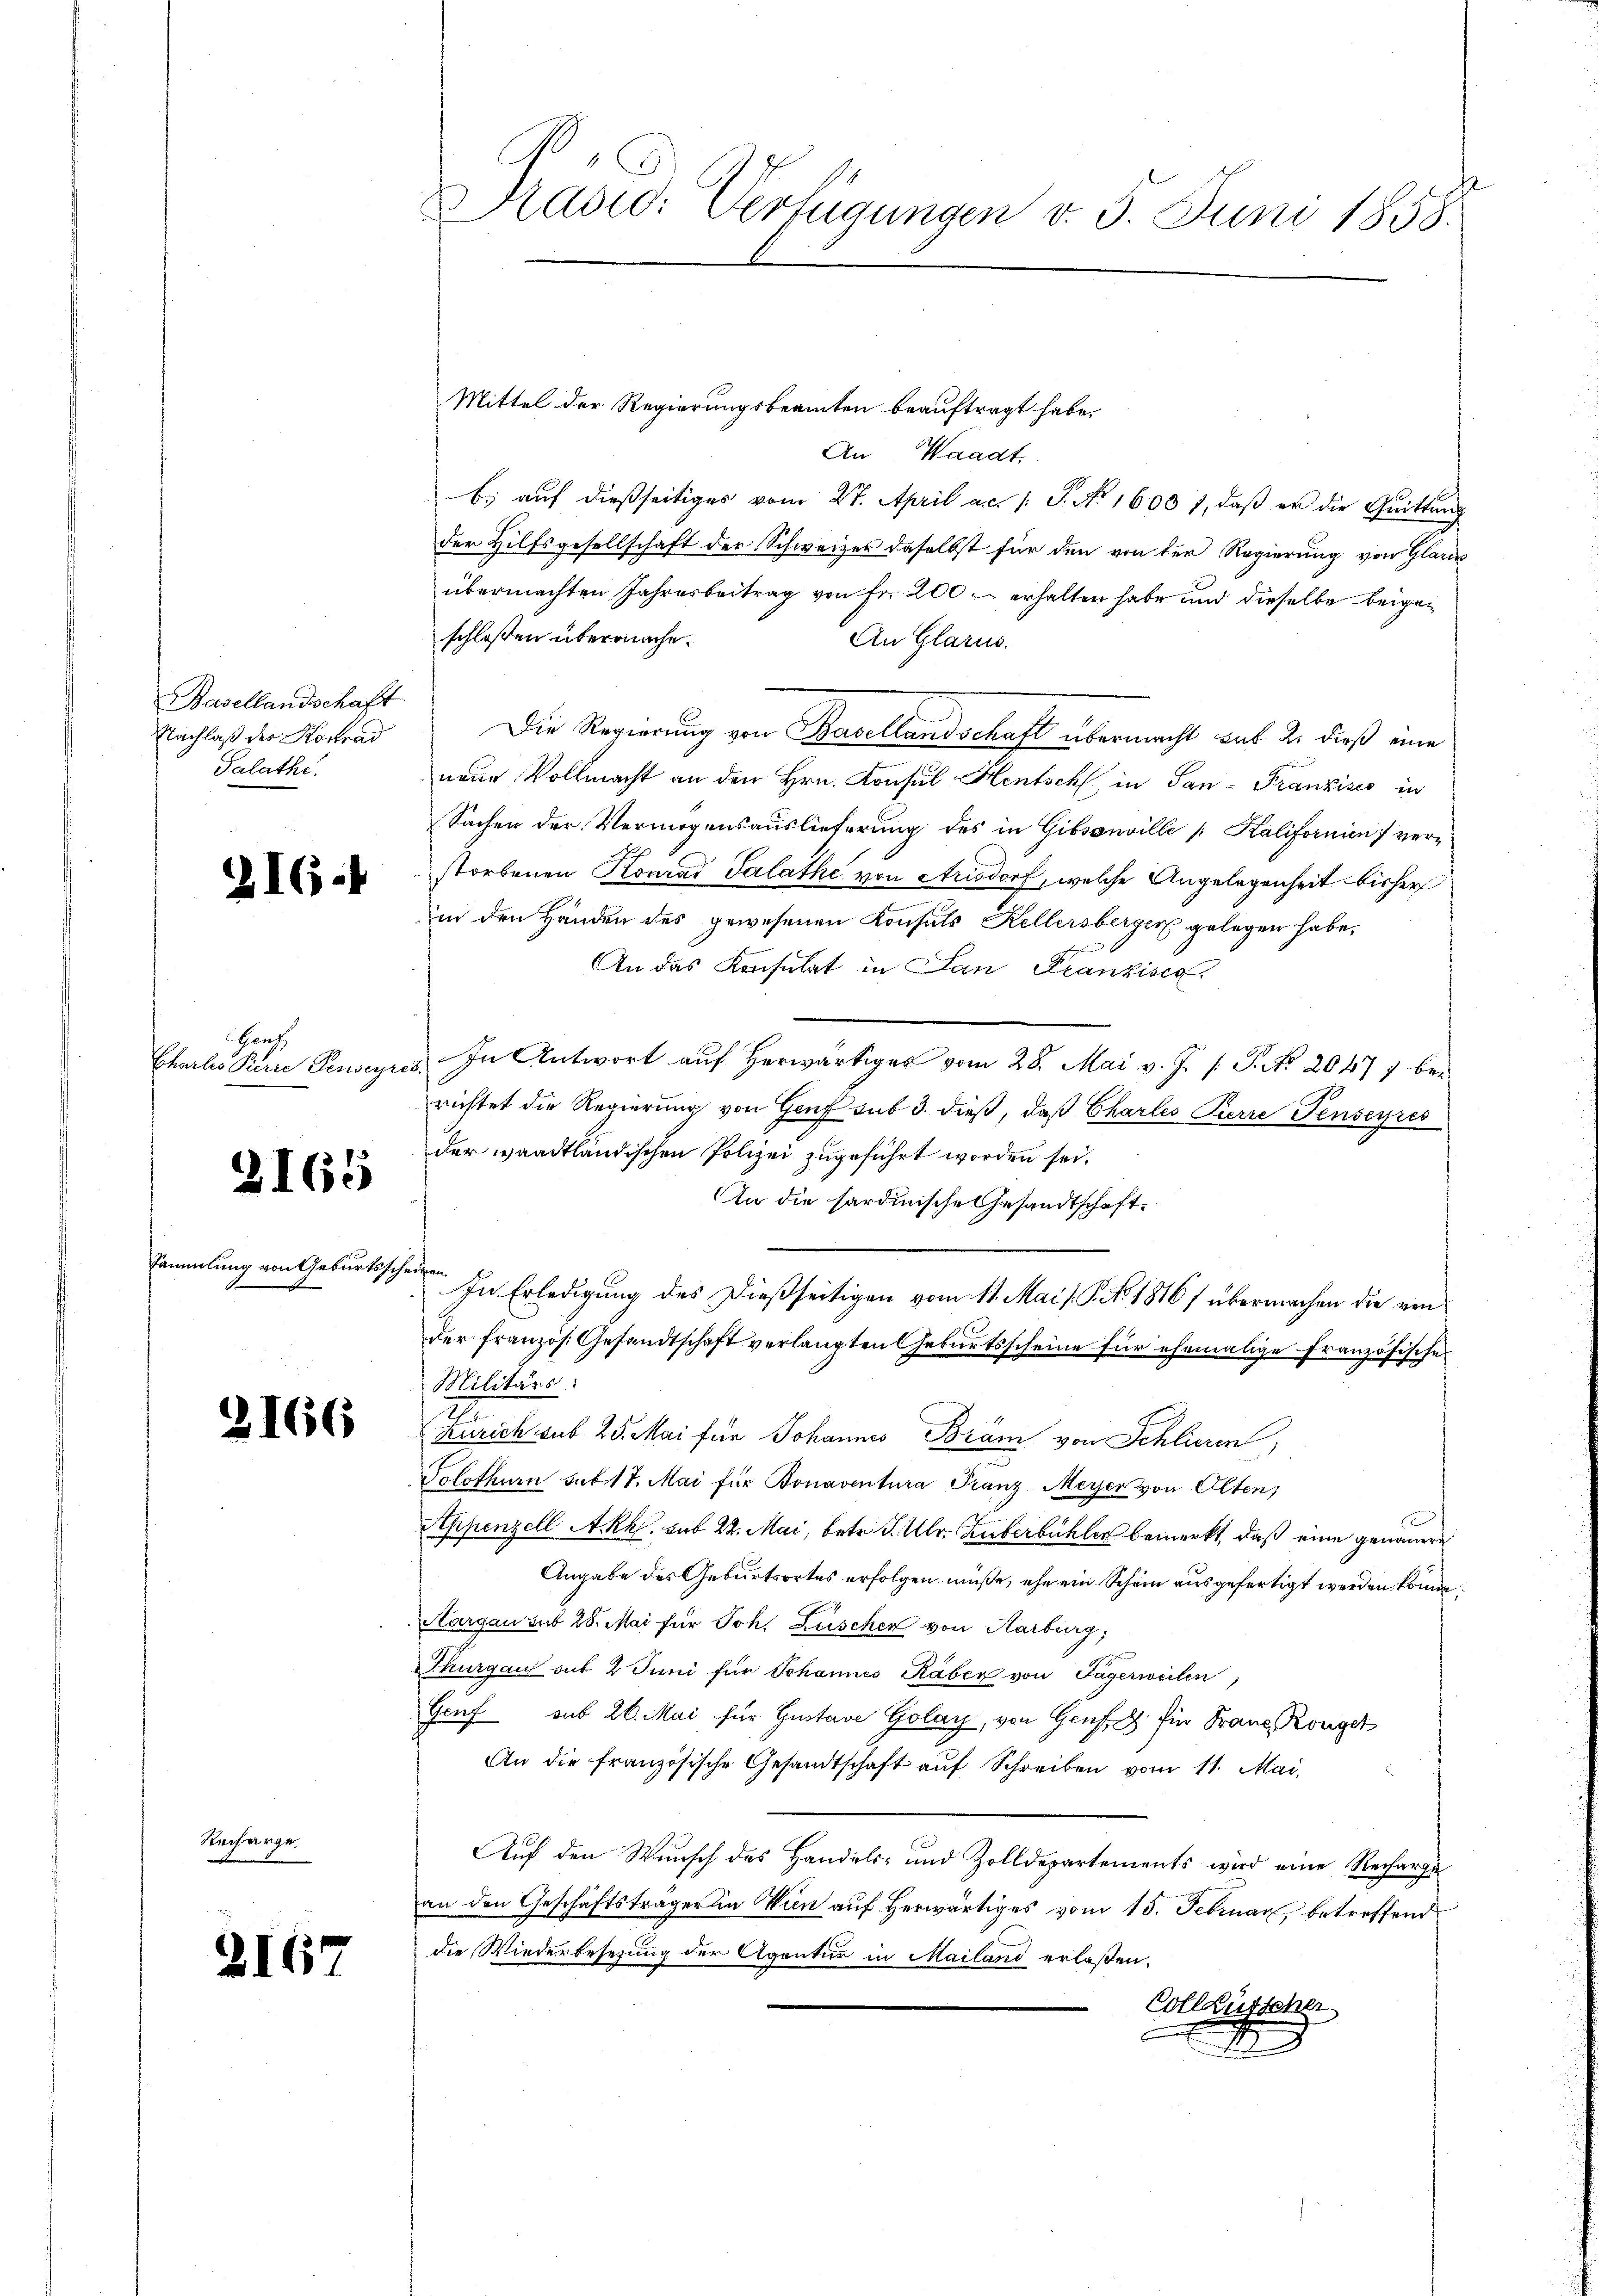
Hasellandschaft
Nachlaß der Konrad
Salathe.

ZIG.

Ganz

2165

Sammlung von Geburtsscheinen.

2166

Recharge.

2167

Mittel der Regierungsbeamten beauftragt habe.
An Waadt.
b. auf dießseitiges vom 27. April a.c. s. S. No 16031, daß er die Quittung
der Hilfsgesellschaft der Schweizer daselbst für den von der Regierung von Glau
übermachten Jahresbeitrag von Fr. 200 erhalten habe und dieselbe beigen
schloßen übermache.
An Glarus.
Die Regierung von Basellandschaft übermacht sub 2. dieß eine
neue Vollmacht an den Hrn. Konsul Hentsch in San-Franzisis in
Sachen der Vermögensauslieferung des in Gibsonville [ Kalifornien verstorbenen Konrad Salathe von Arisdorf, welche Angelegenheit bisher
in den Händen des gewesenen Konsuls Kellersberger gelegen habe,
An das Konsulat in San Frankisch
Charlis Pierre Penseyris. In Antwort auf herwärtiges vom 28. Mai v. J. J. P. No. 20477 berichtet die Regierung von Genf sub 3. dieß, daß Charlis Pierre Penseyres
der waadtländischen Polizei zugeführt worden sei.
In die sardinische Gesandtschaft.
In Erledigung des Dießseitigen vom 11. Mai [P. No. 1816/ übermachen die von
der französ. Gesandtschaft verlangten Geburtsscheine für ehemalige Französische
Militärs:
Zürich sub 25. Mai für Johannes Bräm von Schlieren,
Solothurn sub 17. Mai für Bonaventura Franz Meyer von Olten,
Appenzell A.Rh. sub 22. Mai, betr. d. Ulr. Zuberbühler bemerkt, daß eine genauere
Angabe des Geburtsortes erfolgen müße, ehe ein Schein ausgefertigt werden könne.
Aargau sub 28. Mai für Joh. Lüschen von Karburg,
Thurgau sub 2 Juni für Johannes Raber von Tagerweilen,
Genf sub 26. Mai für Gustav Golay, von Genf. 8 für Franz, Königer
An die französische Gesandtschaft auf Schreiben vom 11. Mai,
Auf den Wunsch des Handels- und Zolldepartements wird eine Recharge
an den Geschäftsträger in Wien auf herwärtiges vom 15. Februar betreffend
die Wiederbesezung der Agentur in Mailand erlaßen.
Colliegens

Präsid. Verfügungen v. 5. Juni 1858.